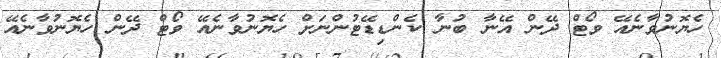
ހެޔޮނުވާނެއޭ ވޯޓް ދޭން އޭނާ ބުނާ ކެންޑިޑޭޓުންނަށް ހެޔޮނުވާނެއޭ ވޯޓް ދޭން ހެޔޮނުވާނެއޭ